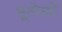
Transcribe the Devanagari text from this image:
भूलेखों